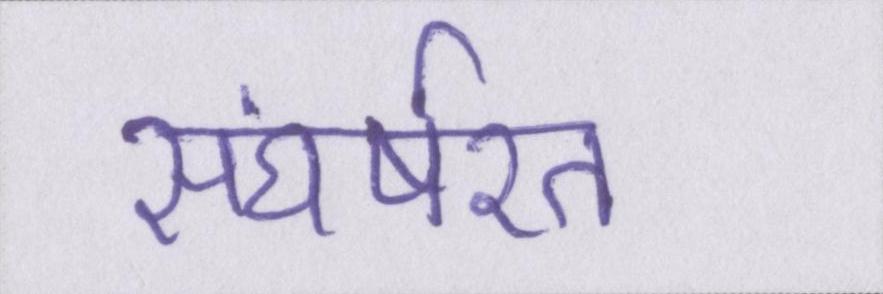
संघर्षरत